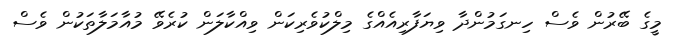
މީގެ ބޭރުން ވެސް ހިނގަމުންދާ ވިޔަފާރިއެއްގެ މިލްކުވެރިކަން ވިއްކާލަން ކުރެވޭ މުއާމަލާތަކުން ވެސް